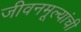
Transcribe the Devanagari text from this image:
जीवनमूल्यांची